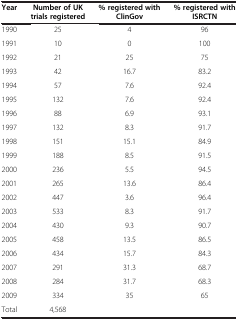
| Year | Number of UK trials registered | % registered with ClinGov | % registered with ISRCTN |
 | --- | --- | --- | --- |
 | 1990 | 25 | 4 | 96 |
 | 1991 | 10 | 0 | 100 |
 | 1992 | 21 | 25 | 75 |
 | 1993 | 42 | 16.7 | 83.2 |
 | 1994 | 57 | 7.6 | 92.4 |
 | 1995 | 132 | 7.6 | 92.4 |
 | 1996 | 88 | 6.9 | 93.1 |
 | 1997 | 132 | 8.3 | 91.7 |
 | 1998 | 151 | 15.1 | 84.9 |
 | 1999 | 188 | 8.5 | 91.5 |
 | 2000 | 236 | 5.5 | 94.5 |
 | 2001 | 265 | 13.6 | 86.4 |
 | 2002 | 447 | 3.6 | 96.4 |
 | 2003 | 533 | 8.3 | 91.7 |
 | 2004 | 430 | 9.3 | 90.7 |
 | 2005 | 458 | 13.5 | 86.5 |
 | 2006 | 434 | 15.7 | 84.3 |
 | 2007 | 291 | 31.3 | 68.7 |
 | 2008 | 284 | 31.7 | 68.3 |
 | 2009 | 334 | 35 | 65 |
 | Total | 4,568 |  |  |